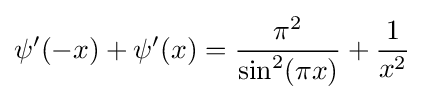
\psi '(-x)+\psi '(x)={\frac {\pi ^{2}}{\sin ^{2}(\pi x)}}+{\frac {1}{x^{2}}}